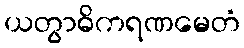
ယတွာဓိကရဏမေတံ